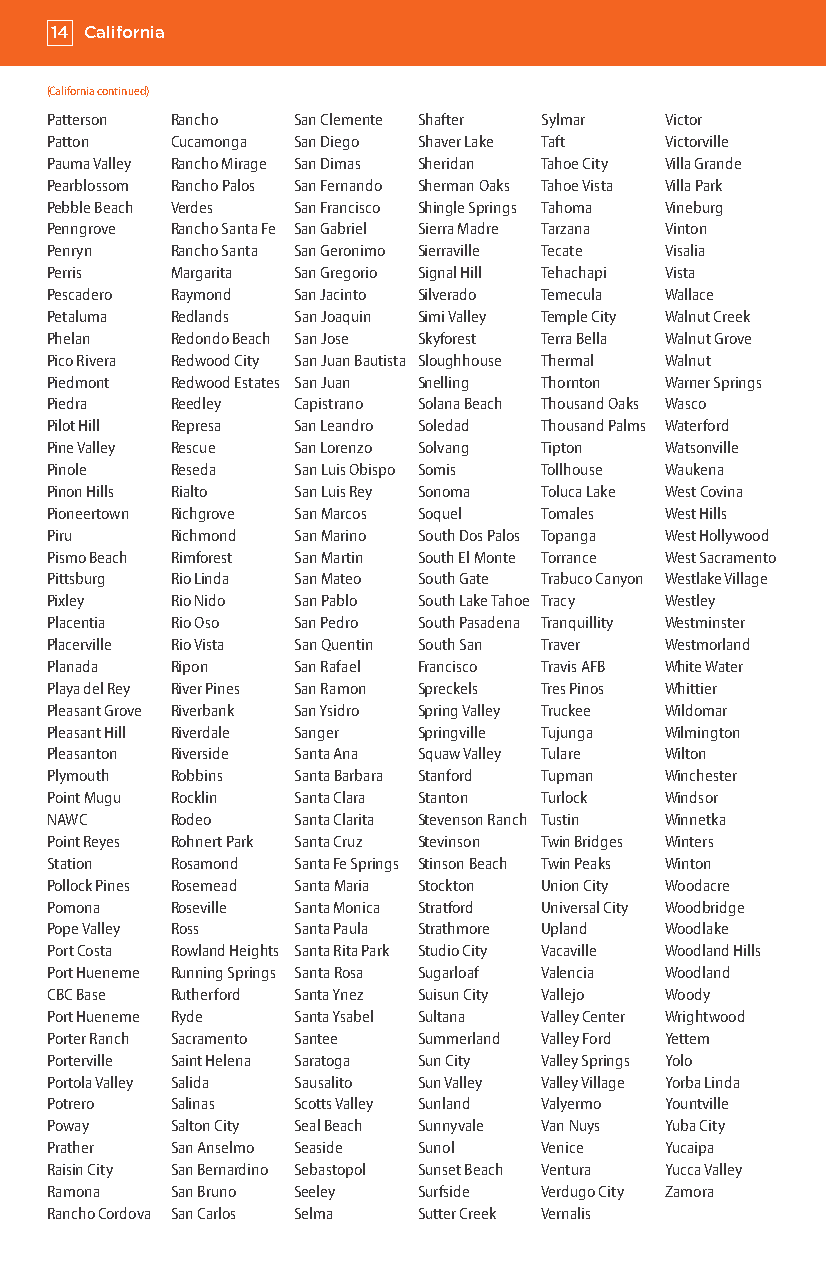
14 California
 (California continued)
 Patterson Rancho San Clemente Shafter Sylmar Victor
 Patton  Cucamonga San Diego Shaver Lake Taft Victorville
 Pauma Valley Rancho Mirage San Dimas Sheridan Tahoe City Villa Grande
 Pearblossom Rancho Palos San Fernando Sherman Oaks Tahoe Vista Villa Park
 Pebble Beach Verdes San Francisco Shingle Springs Tahoma Vineburg
 Penngrove Rancho Santa Fe San Gabriel Sierra Madre Tarzana Vinton
 Penryn  Rancho Santa San Geronimo Sierraville Tecate Visalia
 Perris  Margarita San Gregorio Signal Hill Tehachapi Vista
 Pescadero Raymond San Jacinto Silverado Temecula Wallace
 Petaluma Redlands San Joaquin Simi Valley Temple City Walnut Creek
 Phelan  Redondo Beach San Jose Skyforest Terra Bella Walnut Grove
 Pico Rivera Redwood City San Juan Bautista Sloughhouse Thermal Walnut
 Piedmont Redwood Estates San Juan Snelling Thornton Warner Springs
 Piedra  Reedley Capistrano Solana Beach Thousand Oaks Wasco
 Pilot Hill Represa San Leandro Soledad Thousand Palms Waterford
 Pine Valley Rescue San Lorenzo Solvang Tipton Watsonville
 Pinole  Reseda  San Luis Obispo Somis Tollhouse Waukena
 Pinon Hills Rialto San Luis Rey Sonoma Toluca Lake West Covina
 Pioneertown Richgrove San Marcos Soquel Tomales West Hills
 Piru    Richmond San Marino South Dos Palos Topanga West Hollywood
 Pismo Beach Rimforest San Martin South El Monte Torrance West Sacramento
 Pittsburg Rio Linda San Mateo South Gate Trabuco Canyon Westlake Village
 Pixley  Rio Nido San Pablo South Lake Tahoe Tracy Westley
 Placentia Rio Oso San Pedro South Pasadena Tranquillity Westminster
 Placerville Rio Vista San Quentin South San Traver Westmorland
 Planada Ripon   San Rafael Francisco Travis AFB White Water
 Playa del Rey River Pines San Ramon Spreckels Tres Pinos Whittier
 Pleasant Grove Riverbank San Ysidro Spring Valley Truckee Wildomar
 Pleasant Hill Riverdale Sanger Springville Tujunga Wilmington
 Pleasanton Riverside Santa Ana Squaw Valley Tulare Wilton
 Plymouth Robbins Santa Barbara Stanford Tupman Winchester
 Point Mugu Rocklin Santa Clara Stanton Turlock Windsor
 NAWC    Rodeo   Santa Clarita Stevenson Ranch Tustin Winnetka
 Point Reyes Rohnert Park Santa Cruz Stevinson Twin Bridges Winters
 Station Rosamond Santa Fe Springs Stinson Beach Twin Peaks Winton
 Pollock Pines Rosemead Santa Maria Stockton Union City Woodacre
 Pomona  Roseville Santa Monica Stratford Universal City Woodbridge
 Pope Valley Ross Santa Paula Strathmore Upland Woodlake
 Port Costa Rowland Heights Santa Rita Park Studio City Vacaville Woodland Hills
 Port Hueneme Running Springs Santa Rosa Sugarloaf Valencia Woodland
 CBC Base Rutherford Santa Ynez Suisun City Vallejo Woody
 Port Hueneme Ryde Santa Ysabel Sultana Valley Center Wrightwood
 Porter Ranch Sacramento Santee Summerland Valley Ford Yettem
 Porterville Saint Helena Saratoga Sun City Valley Springs Yolo
 Portola Valley Salida Sausalito Sun Valley Valley Village Yorba Linda
 Potrero Salinas Scotts Valley Sunland Valyermo Yountville
 Poway   Salton City Seal Beach Sunnyvale Van Nuys Yuba City
 Prather San Anselmo Seaside Sunol Venice Yucaipa
 Raisin City San Bernardino Sebastopol Sunset Beach Ventura Yucca Valley
 Ramona  San Bruno Seeley Surfside Verdugo City Zamora
 Rancho Cordova San Carlos Selma Sutter Creek Vernalis